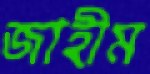
জাহীম